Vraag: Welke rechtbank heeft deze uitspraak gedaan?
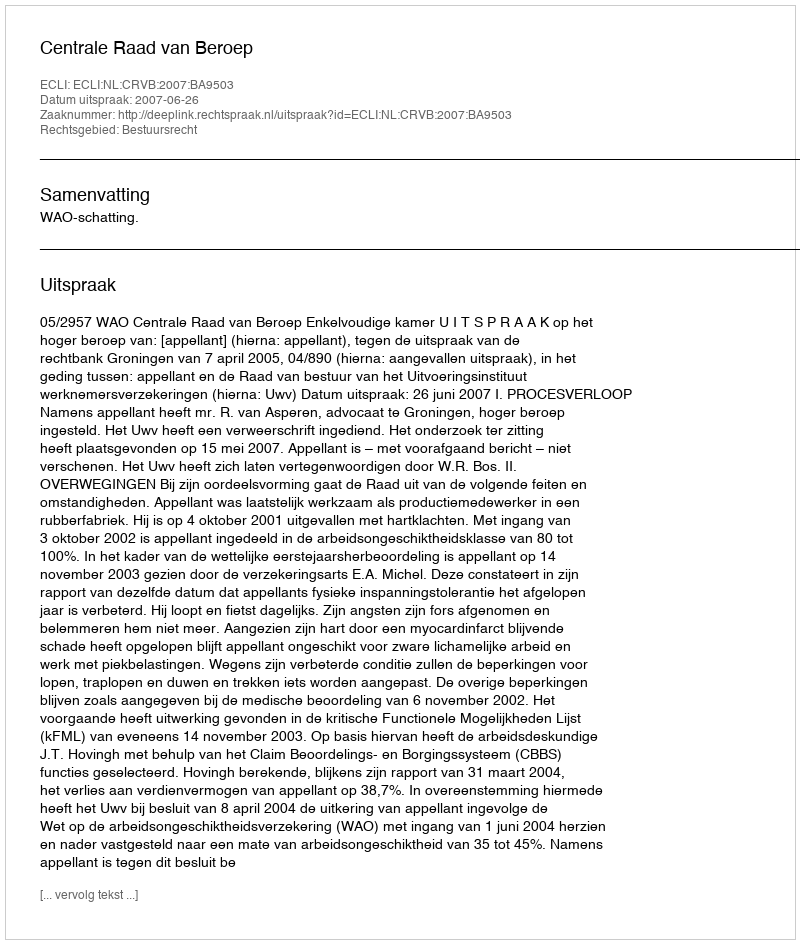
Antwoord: Centrale Raad van Beroep